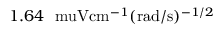
1 . 6 4 \ \mathrm { \ m u V } \mathrm { c m } ^ { - 1 } ( \mathrm { r a d } / \mathrm { s } ) ^ { - 1 / 2 }